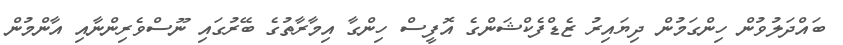
ބައްދަލުވުން ހިންގަމުން ދިޔައިރު ޒެޑްފެކްޝަންގެ އޮފީސް ހިންގާ އިމާރާތުގެ ބޭރުގައި ނޫސްވެރިންނާއި އާންމުން